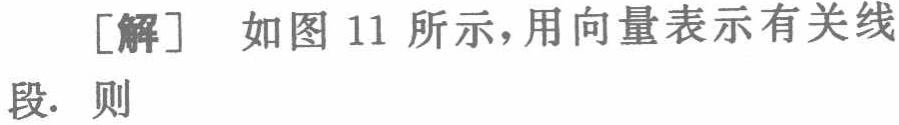
[解] 如图 11 所示，用向量表示有关线段. 则